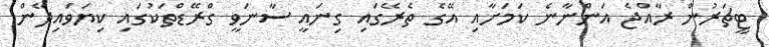
ޓީޗަރުން ރާއްޖެ އަންނާނެ ކަމަށާއި އޭގެ ތެރޭގައި ގިނައީ ސާނަވީ ގްރޭޑްތަކުގައި ކިޔަވައިދޭން